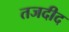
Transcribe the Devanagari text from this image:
तजदीद